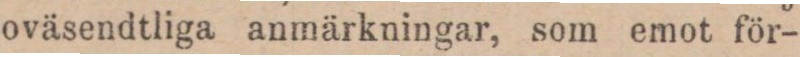
oväsendtliga anmärkningar, som emot för-